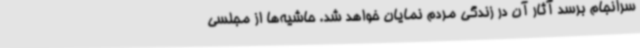
سرانجام برسد آثار آن در زندگی مردم نمایان خواهد شد. حاشیه‌ها از مجلسی